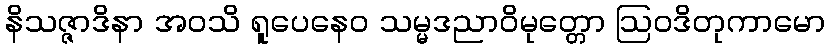
နိသဇ္ဇာဒိနာ အဝသိ ရူပေနေဝ သမ္မဒညာဝိမုတ္တော ဩဝဒိတုကာမော